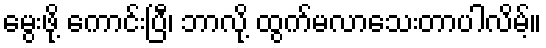
မွေးဖို့ ကောင်းပြီ၊ ဘာလို့ ထွက်မလာသေးတာပါလိမ့်။